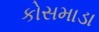
કોસમાડા